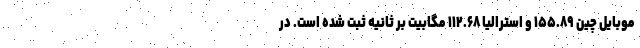
موبایل چین ۱۵۵.۸۹ و استرالیا ۱۱۲.۶۸ مگابیت بر ثانیه ثبت شده است. در